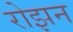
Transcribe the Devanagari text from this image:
रोझन